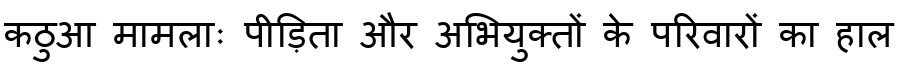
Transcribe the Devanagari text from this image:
कठुआ मामलाः पीड़िता और अभियुक्तों के परिवारों का हाल